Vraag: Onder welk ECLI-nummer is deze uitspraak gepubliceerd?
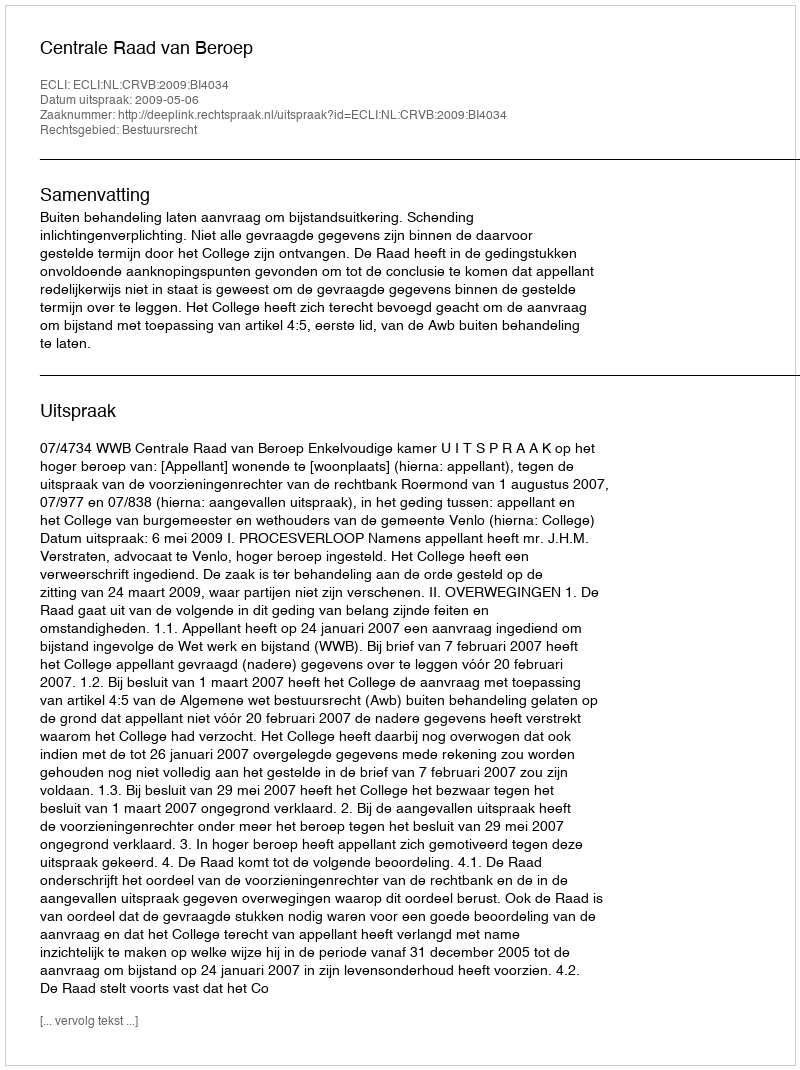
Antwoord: ECLI:NL:CRVB:2009:BI4034